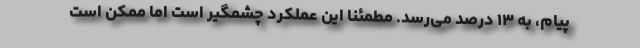
پیام، به ۱۳ درصد می‌رسد. مطمئنا این عملکرد چشمگیر است اما ممکن است